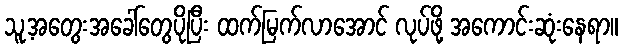
သူ့အတွေးအခေါ်တွေပိုပြီး ထက်မြက်လာအောင် လုပ်ဖို့ အကောင်းဆုံးနေရာ။